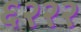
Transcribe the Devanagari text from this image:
६२२२